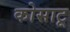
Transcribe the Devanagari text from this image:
कोसाटू